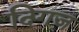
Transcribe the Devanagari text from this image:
दिगज